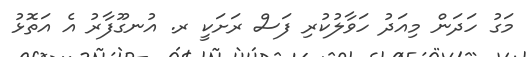
މަގު ހަދަން މިއަދު ހަވާލުކުރި ފަސް ރަށަކީ ރ. އުނގޫފާރު އެ އަތޮޅު